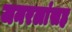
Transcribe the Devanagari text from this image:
जनरलांसह